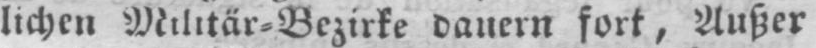
lichen Militär⸗Bezirke dauern fort, Außer